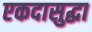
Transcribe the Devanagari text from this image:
एकदासुद्धा